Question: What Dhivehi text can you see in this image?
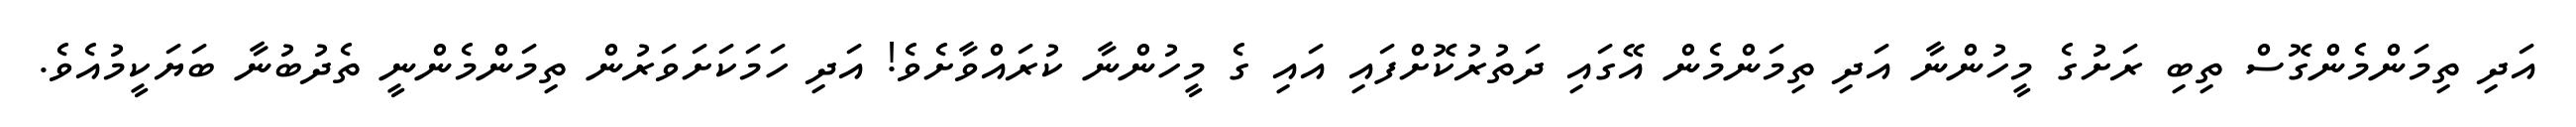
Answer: އަދި ތިމަންމެންގޮސް ތިބި ރަށުގެ މީހުންނާ އަދި ތިމަންމެން އޭގައި ދަތުރުކޮށްފައި އައި ގެ މީހުންނާ ކުރައްވާށެވެ! އަދި ހަމަކަށަވަރުން ތިމަންމެންނީ ތެދުބުނާ ބަޔަކީމުއެވެ.